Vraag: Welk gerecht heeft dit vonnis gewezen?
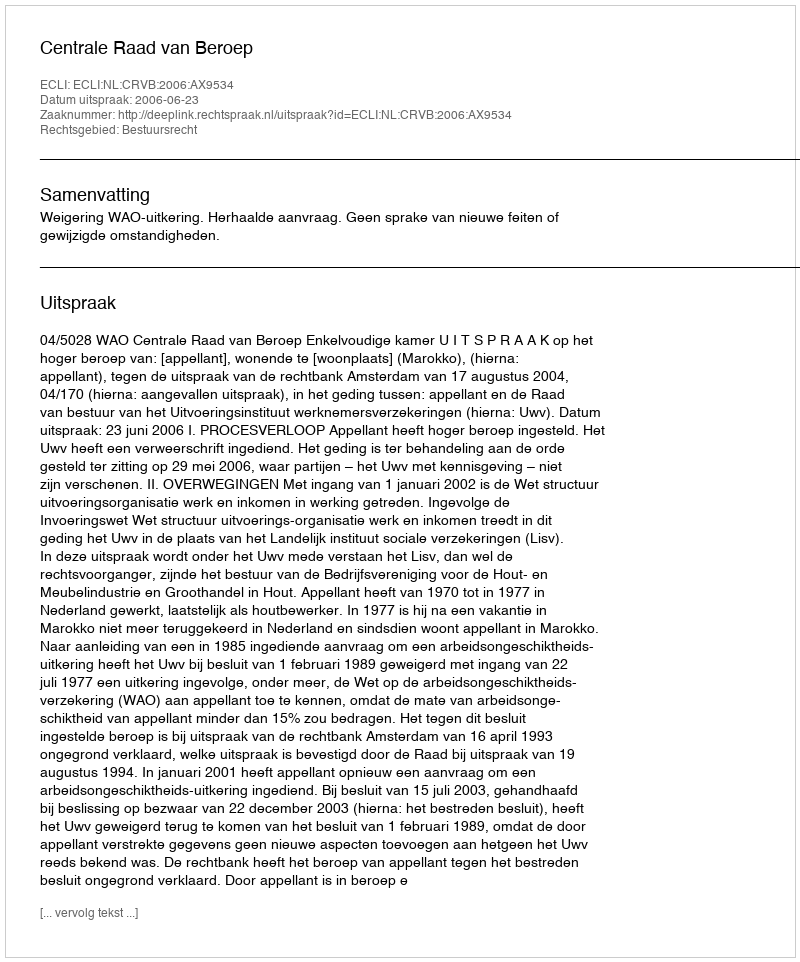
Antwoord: Centrale Raad van Beroep